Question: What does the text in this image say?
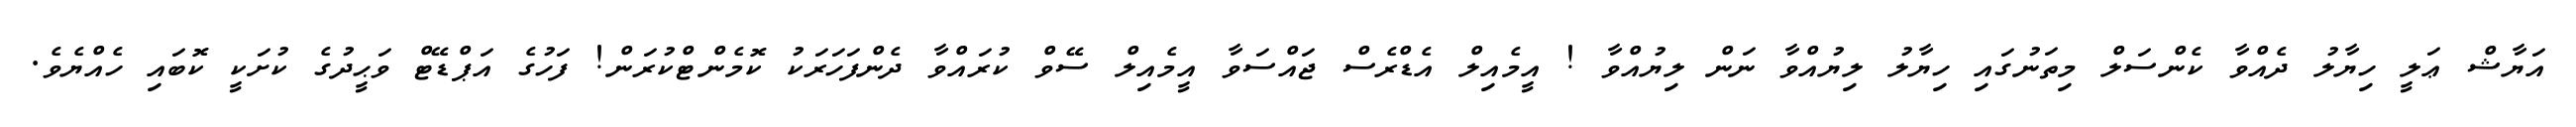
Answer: އަޔާޝް ޢަލީ ހިޔާލު ދެއްވާ ކެންސަލް މިތަނުގައި ހިޔާލު ލިޔުއްވާ ނަން ލިޔުއްވާ ! އީމެއިލް އެޑްރެސް ޖައްސަވާ އީމެއިލް ސޭވް ކުރައްވާ ދެންފަހަރަކު ކޮމެންޓްކުރަން! ފަހުގެ އަޕްޑޭޓް ވަޙީދުގެ ކުށަކީ ކޮބައި ހެއްޔެވެ.